Reports on dispensaries and lunatic asylums in the Province of Oudh - 1869-1876
Year: 1869
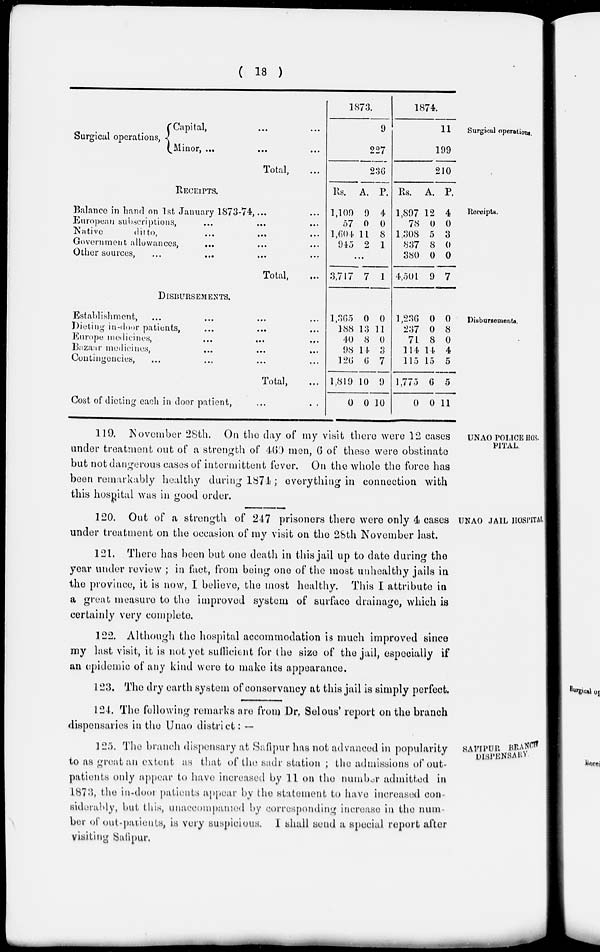
( 18 )
Surgical operations.
Surgical operations,
Capital, ... ...
Minor, ... ... ...
Total, ...
1873.
9
227
236
1874.
11
199
210
Receipts.
RECEIPTS.
Balance in hand on 1st January 1873-74 , ... ...
European subscriptions , ... ... ...
Native
ditto , ... ... ...
Government allowances, … … …
Other sources, … … … ...
Total, ...
Rs.
1,109
57
1,604
945
A.
9
0
11
2
P.
4
0
8
1
...
3,717 7 1
Rs.
1,897
78
1,308
837
380
4,501
A.
12
0
5
8
0
9
P.
4
0
3
0
0
7
Disbursements.
DISBURSEMENTS.
Establishment., … … … …
Dieting in-door patients , … … …
Europe medicines, … … …
Bazaar medicines , … … …
Contingencies , … … … …
Total, ...
Cost of dieting each in door patient,
...
...
1,365
188
40
98
126
1,819
0
0
13
8
14
6
10
0
0
11
0
3
7
9
10
1,236
237
71
114
115
1,775
0
0
0
8
14
15
6
0
0
8
0
4
5
5
11
UNAO POLICE HOS-
PITAL.
119. November 28th. On the day of my visit there were 12 cases
under treatment out of a strength of 460 men, 6 of these were obstinate
but not dangerous cases of intermittent fever. On the whole the force has
been remarkably healthy during 1874 ; everything in connection with
this hospital was in good order.
UNAO JAIL HOSPITAL
120. Out of a strength of 247 prisoners there were only 4 cases
under treatment on the occasion of my visit on the 28 th November last.
121. There has been but one death in this jail up to date during the
year under review ; in fact, from being one of the most unhealthy jails in
the province, it is now, I believe, the most healthy. This I attribute in
a great measure to the improved system of surface drainage, which is
certainly very complete.
122. Although the hospital accommodation is much improved since
my last visit, it is not yet sufficient for the size of the jail, especially if
an epidemic of any kind were to make its appearance.
123. The dry earth system of conservancy at this jail is simply perfect.
124. The following remarks are from Dr. Selous' report on the branch
dispensaries in the Unao district: —
SAFIPUR BRANCH
DISPENSARY.
125. The branch dispensary at Safipur has not advanced in popularity
to as great an extent as that of the sadr station ; the admissions of out-
patients only appear to have increased by 11 on the number admitted in
1873, the in-door patients appear by the statement to have increased con-
siderably, but this, unaccompanied by corresponding increase in the num-
ber of out-patients, is very suspicious. I shall send a special report after
visiting Safipur.